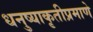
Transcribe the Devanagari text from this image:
धनुष्याकृतीप्रमाणे